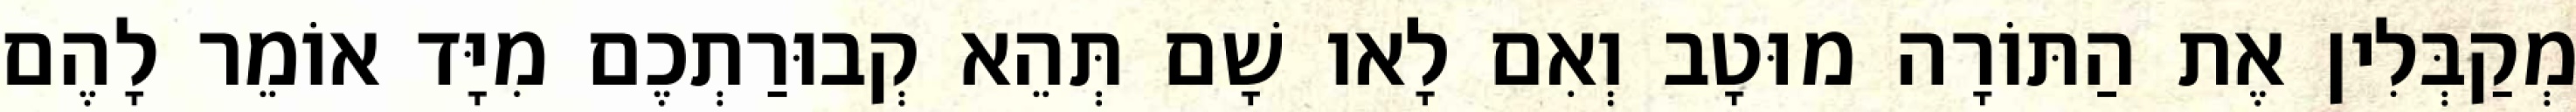
מְקַבְּלִין אֶת הַתּוֹרָה מוּטָב וְאִם לָאו שָׁם תְּהֵא קְבוּרַתְכֶם מִיָּד אוֹמֵר לָהֶם